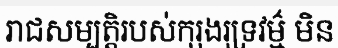
រាជសម្បត្តិរបស់កុរុងរុទ្រវម៌្ម មិន